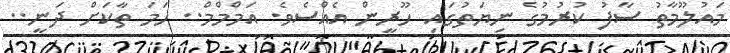
މައުލޫމާތު ސާފު ކުރުމުގެ ނިޔަތުގައި ހޫރީން އެއްސެވެ. އަމްމްމް.. ހަމަ ތާކަށް ދަނީ..